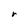
Character: r